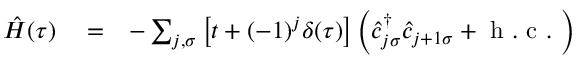
\begin{array} { r l r } { \hat { H } ( \tau ) } & { { } = } & { - \sum _ { j , \sigma } \left[ t + ( - 1 ) ^ { j } \delta ( \tau ) \right] \left( \hat { c } _ { j \sigma } ^ { \dagger } \hat { c } _ { j + 1 \sigma } + \mathrm { ~ h ~ . ~ c ~ . ~ } \right) } \end{array}